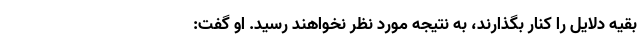
بقیه دلایل را کنار بگذارند، به نتیجه مورد نظر نخواهند رسید. او گفت‌: